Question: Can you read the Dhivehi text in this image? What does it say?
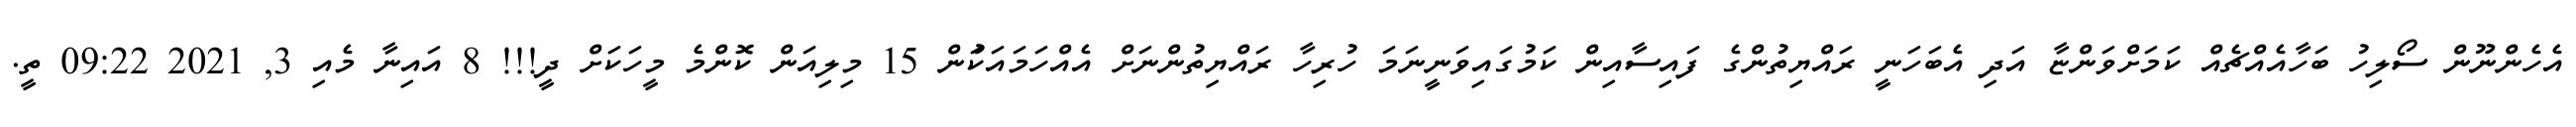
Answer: އެހެންނޫން ސޯލިހު ބަހާއެއްޗެއް ކަމަށްވަންޏާ އަދި އެބަހަނީ ރައްޔިތުންގެ ފައިސާއިން ކަމުގައިވަނީނަމަ ހުރިހާ ރައްޔިތުންނަށް އެއްހަމައަކަުން 15 މިލިއަން ކޮންމެ މީހަކަށް ދީ!!! 8 އައިނާ މެއި 3, 2021 09:22 ތީ.